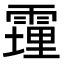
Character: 䨪